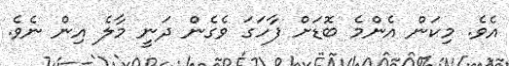
އެވެ. މިކަން އެންމެ ބޮޑަށް ފާހަގަ ވެގެން ދަނީ މާލެ އިން ނެވެ.